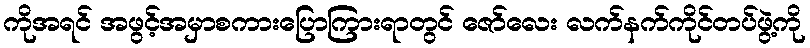
ကိုအရင် အဖွင့်အမှာစကားပြောကြားရာတွင် ဇော်လေး လက်နက်ကိုင်တပ်ဖွဲ့ကို